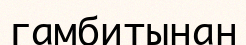
гамбитынан